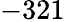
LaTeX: -321